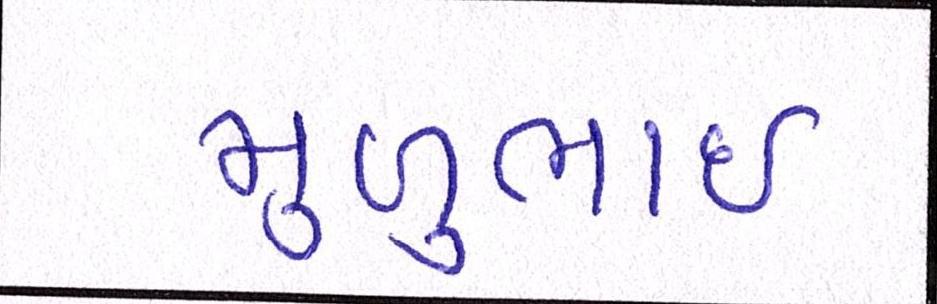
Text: મુળુભાઇ